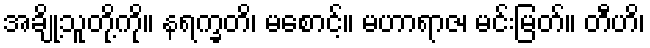
အချို့သူတို့ကို။ နရက္ခတိ၊ မစောင့်။ မဟာရာဇ၊ မင်းမြတ်။ တီဟိ၊